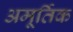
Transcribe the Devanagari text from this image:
अमूर्तिक